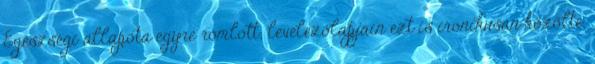
Egészségi állapota egyre romlott; levelezőlapjain ezt is ironikusan közölte.